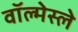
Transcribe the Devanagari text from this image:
वॉल्मेस्ले